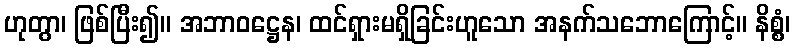
ဟုတွာ၊ ဖြစ်ပြီး၍။ အဘာဝဋ္ဌေန၊ ထင်ရှားမရှိခြင်းဟူသော အနက်သဘောကြောင့်။ နိစ္စံ၊